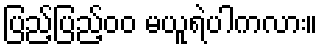
ပြည့်ပြည့်၀၀ မယူရဲပါကလား။